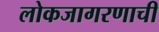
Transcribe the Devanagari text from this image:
लोकजागरणाची